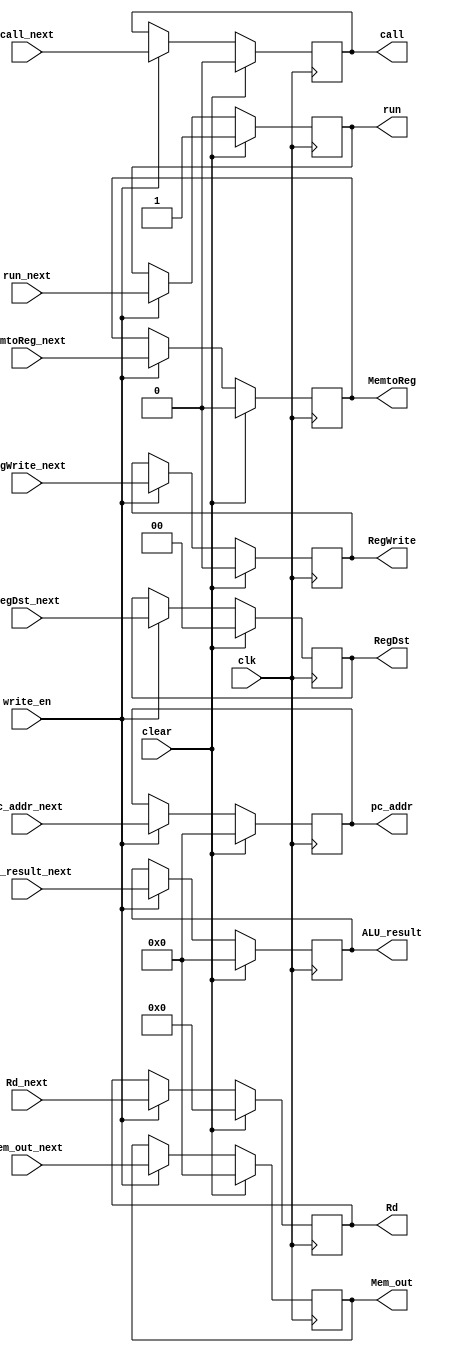
/*
* MEM/WB register
*/

module mem_wb_register(clk, write_en, clear, RegDst_next, MemtoReg_next, RegWrite_next, run_next, call_next, Rd_next, pc_addr_next, ALU_result_next, Mem_out_next, RegDst, MemtoReg, RegWrite, run, call, Rd, pc_addr, ALU_result, Mem_out);
    input clk, write_en, clear;
    input[1:0] RegDst_next;
    input MemtoReg_next, RegWrite_next, run_next, call_next;
    input[15:0] pc_addr_next/*for CALL*/, ALU_result_next, Mem_out_next;
    input[3:0] Rd_next;
    output reg[1:0] RegDst;
    output reg MemtoReg, RegWrite, run, call;
    output reg[15:0] pc_addr, ALU_result, Mem_out;
    output reg[3:0] Rd;

    always @(posedge clk) begin
        if (clear) begin
            RegDst <= 0;
            MemtoReg <= 0;
            RegWrite <= 0;
            run <= 1;
            call <= 0;
            pc_addr <= 0;
            ALU_result <= 0;
            Mem_out <= 0;
            Rd <= 0;
        end
        else if (write_en) begin
            RegDst <= RegDst_next;
            MemtoReg <= MemtoReg_next;
            RegWrite <= RegWrite_next;
            run <= run_next;
            pc_addr <= pc_addr_next;
            ALU_result <= ALU_result_next;
            Mem_out <= Mem_out_next;
            Rd <= Rd_next;
            call <= call_next;
        end
    end
endmodule